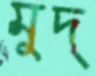
মুদ্